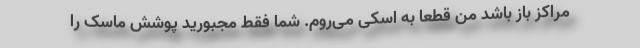
مراکز باز باشد من قطعا به اسکی می‌روم. شما فقط مجبورید پوشش ماسک را